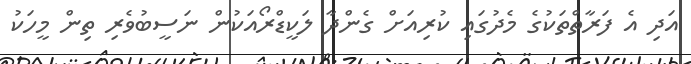
އަދި އެ ފަރާތްތަކުގެ މެދުގައި ކުރިއަށް ގެންދާ ލަކީޑްރޯއަކުން ނަސީބުވެރި ތިން މީހަކު